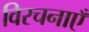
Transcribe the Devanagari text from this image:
विरचनाएँ